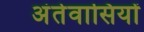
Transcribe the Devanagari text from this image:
अंतेवासियों